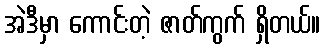
အဲဒီမှာ ကောင်းတဲ့ ဇာတ်ကွက် ရှိတယ်။